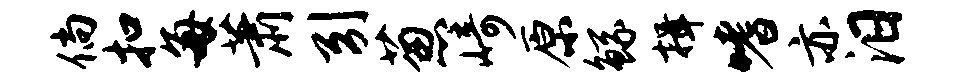
倘扣每萧引葱崎原鲧揖嗜亦汨